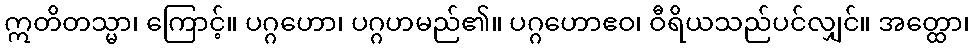
ဣတိတသ္မာ၊ ကြောင့်။ ပဂ္ဂဟော၊ ပဂ္ဂဟမည်၏။ ပဂ္ဂဟောဧဝ၊ ဝီရိယသည်ပင်လျှင်။ အတ္ထော၊